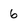
Character: 6